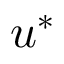
u ^ { * }